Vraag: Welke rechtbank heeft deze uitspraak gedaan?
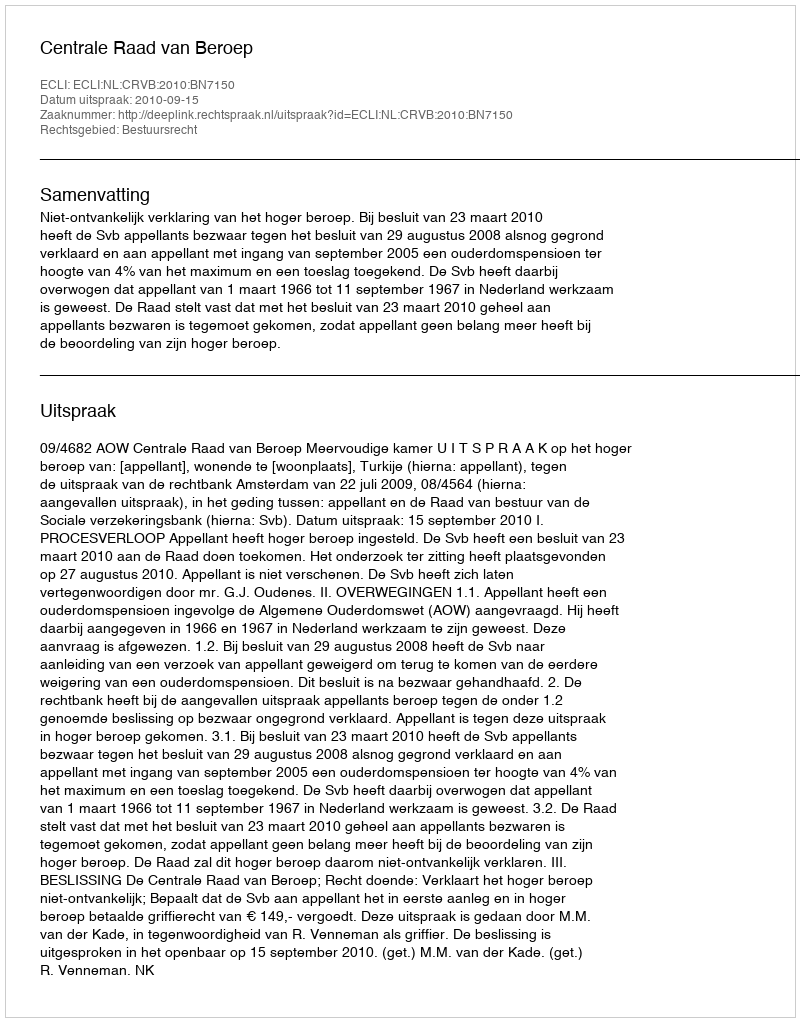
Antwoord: Centrale Raad van Beroep